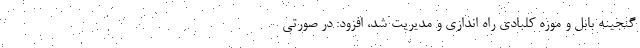
گنجینه بابل و موزه کلبادی راه اندازی و مدیریت شد، افزود: در صورتی